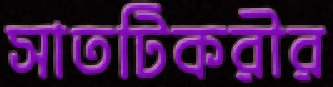
সাতটিকরীর